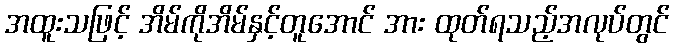
အထူးသဖြင့် အိမ်ကိုအိမ်နှင့်တူအောင် အား ထုတ်ရသည့်အလုပ်တွင်